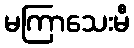
မကြာသေးမီ